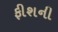
ફીશની